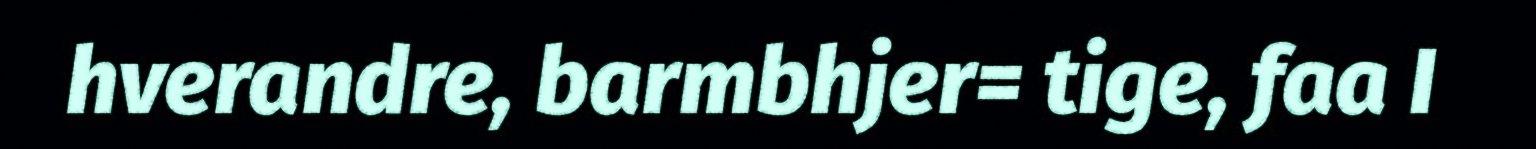
hverandre, barmbhjer= tige, faa I